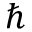
\hbar